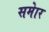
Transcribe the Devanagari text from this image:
समेार